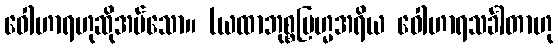
ဝေါဟာရဟုဆိုအပ်သော။ (ယထာဘုစ္စဗြဟ္မအရိယ ဝေါဟာရသင်္ခါတာဟု